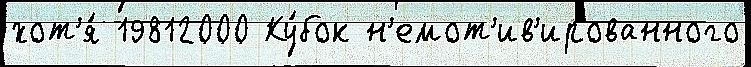
хот'я́ 19812000 Ку́бок н'емот'ив'ированного